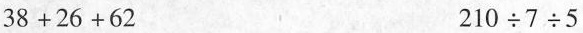
$$38+26+62$$ $$210\div